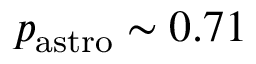
p _ { \mathrm { { a s t r o } } } \sim 0 . 7 1